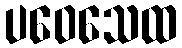
ပဝေသေထ